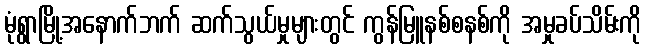
မုံရွာမြို့အနောက်ဘက် ဆက်သွယ်မှုများတွင် ကွန်မြူနစ်စနစ်ကို အမှုခပ်သိမ်းကို